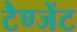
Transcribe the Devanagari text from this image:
टैण्जेंट